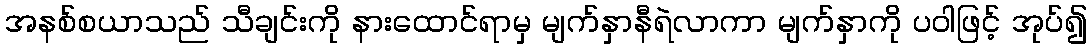
အနစ်စယာသည် သီချင်းကို နားထောင်ရာမှ မျက်နှာနီရဲလာကာ မျက်နှာကို ပဝါဖြင့် အုပ်၍